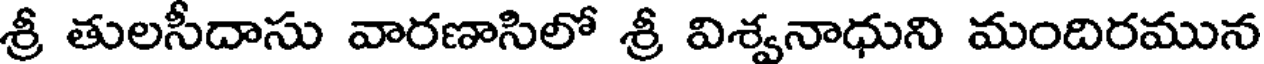
శ్రీ తులసీదాసు వారణాసిలో శ్రీ విశ్వనాధుని మందిరమున